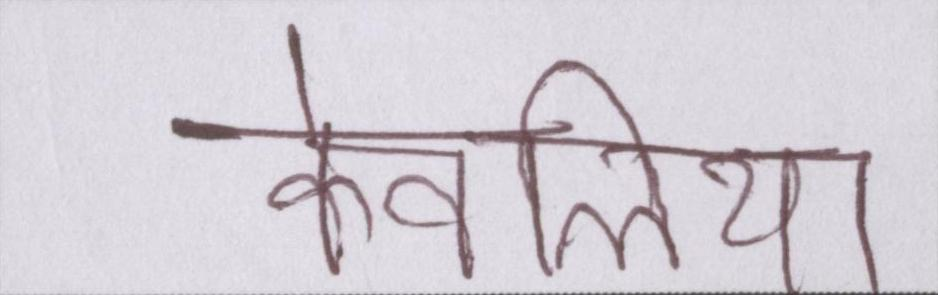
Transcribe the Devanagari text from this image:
केवलिया